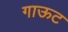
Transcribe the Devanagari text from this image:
गाऊट